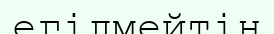
егілмейтін